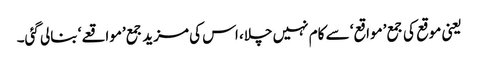
یعنی موقع کی جمع ’مواقع‘ سے کام نہیں چلا، اس کی مزید جمع ’مواقعے‘ بنالی گئی۔